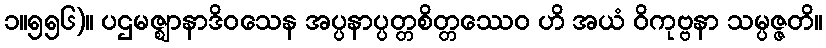
၁။၅၅၆)။ ပဌမဇ္ဈာနာဒိဝသေန အပ္ပနာပ္ပတ္တစိတ္တဿေဝ ဟိ အယံ ဝိကုဗ္ဗနာ သမ္ပဇ္ဇတိ။